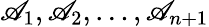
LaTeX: \mathscr{A}_{1},\mathscr{A}_{2},\ldots,\mathscr{A}_{n+1}